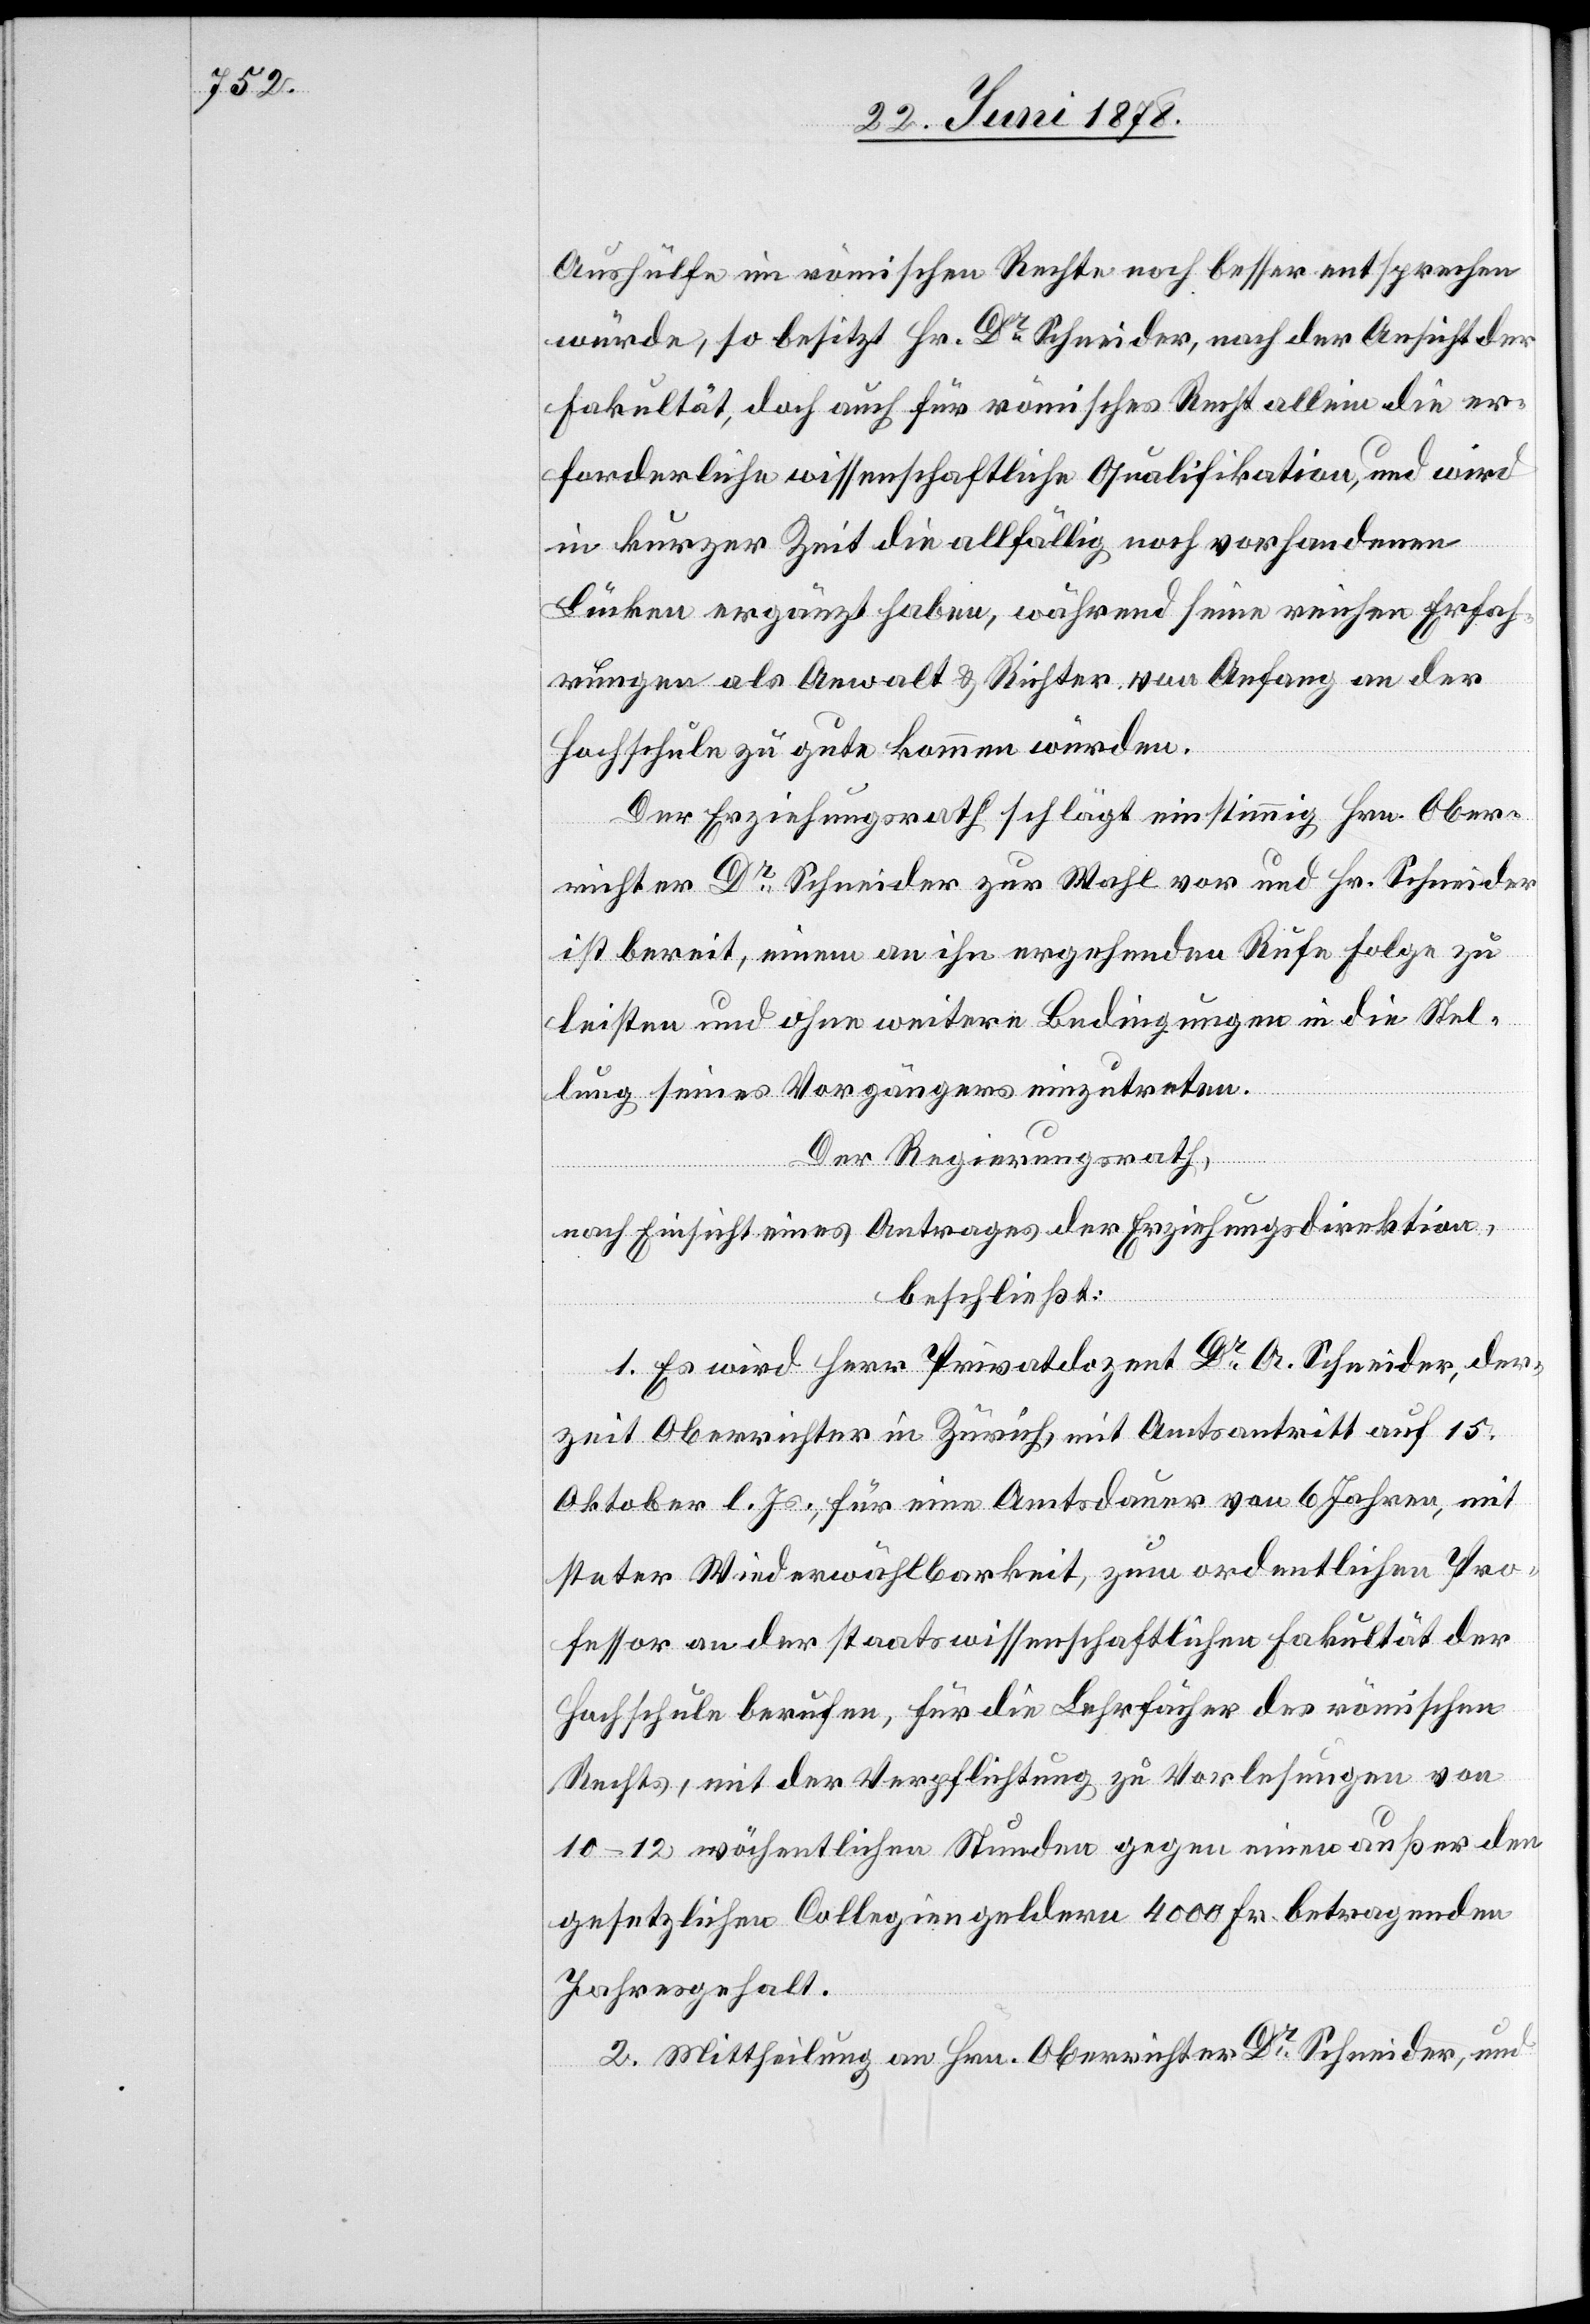
Aushülfe im römischen Rechte noch besser entsprechen
würde, so besitzt Hr. Dr Schneider, nach der Ansicht der
Fakultät, doch auch für römisches Recht allein die er¬
forderliche wissenschaftliche Qualifikation, und wird
in kurzer Zeit die allfällig noch vorhandenen
Lücken ergänzt haben, während seine reichen Erfah¬
rungen als Anwalt & Richter von Anfang an der
Hochschule zu gute kommen würden.
Der Erziehungsrath schlägt einstimmig Hrn. Ober¬
richter Dr Schneider zur Wahl vor und Hr. Schneider
ist bereit, einem an ihn ergehenden Rufe Folge zu
leisten und ohne weitere Bedingungen in die Stel¬
lung seines Vorgängers einzutreten.
Der Regierungsrath,
nach Einsicht eines Antrages der Erziehungsdirektion,
beschließt:
1. Es wird Herr Privatdozent Dr A. Schneider, der¬
zeit Oberrichter in Zürich, mit Amtsantritt auf 15.
Oktober l. Js., für eine Amtsdauer von 6 Jahren, mit
steter Wiederwählbarkeit, zum ordentlichen Pro¬
fessor an der staatswissenschaftlichen Fakultät der
Hochschule berufen, für die Lehrfächer des römischen
Rechts, mit der Verpflichtung zu Vorlesungen von
10–12 wöchentlichen Stunden gegen einen außer den
gesetzlichen Collegiengeldern 4000 Fr. betragenden
Jahresgehalt.
2. Mittheilung an Hrn. Oberrichter Dr Schneider, und